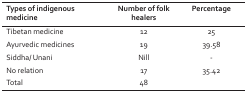
| Types of indigenous medicine | Number of folk healers | Percentage |
 | --- | --- | --- |
 | Tibetan medicine | 12 | 25 |
 | Ayurvedic medicines | 19 | 39.58 |
 | Siddha/ Unani | Nill | - |
 | No relation | 17 | 35.42 |
 | Total | 48 |  |